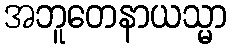
အဘူတေနာယသ္မာ